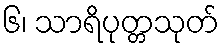
၆၊ သာရိပုတ္တသုတ်